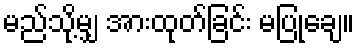
မည်သို့မျှ အားထုတ်ခြင်း မပြုချေ။